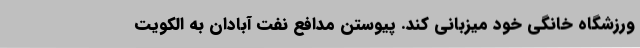
ورزشگاه خانگی خود میزبانی کند. پیوستن مدافع نفت آبادان به الکویت